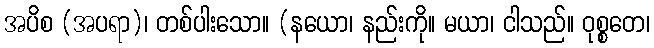
အပိစ (အပရာ)၊ တစ်ပါးသော။ (နယော၊ နည်းကို။ မယာ၊ ငါသည်။ ဝုစ္စတေ၊